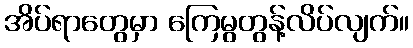
အိပ်ရာတွေမှာ ကြေမွတွန့်လိပ်လျက်။